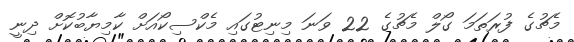
މެޗުގެ ފުރަތަމަ ގޯލް މެޗުގެ 22 ވަނަ މިނިޓުގައި މެކްސިކޯއަށް ކާމިޔާބުކޮށް ދިނީ